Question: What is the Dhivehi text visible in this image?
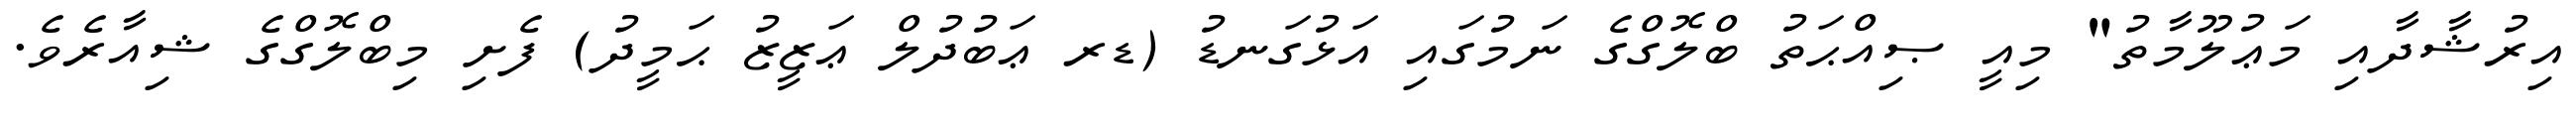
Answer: އިރުޝާދާއި މަޢުލޫމާތު" މިއީ ޞިއްޙަތު ބްލޮގްގެ ނަމުގައި އަޅުގަނޑު (ޑރ ޢަބުދުލް ޢަޒީޒު ޙަމީދު) ފެށި މިބްލޮގްގެ ޝިއާރެވެ.